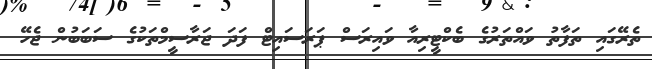
ތެރޭގައި ތަފާތު ވައްތަރުގެ ބެކްޓީރިއާ ވައިރަސް ޕަރަސައިޓް ފަދަ ޖަރާސީމްތަކުގެ ސަބަބުން ޖެހޭ